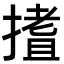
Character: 𭢈